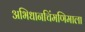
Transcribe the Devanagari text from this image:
अभिधानचिंमणिमाला